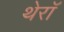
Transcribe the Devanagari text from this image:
थेरॉ